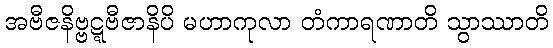
အဗီဇနိဗ္ဗဋ္ဋဗီဇာနိပိ မဟာကုလာ တံကာရဏာတိ သွာဿာတိ